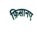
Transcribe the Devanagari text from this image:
फ़िसानए